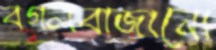
বগলবাজানো